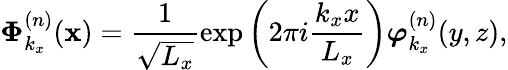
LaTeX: \boldsymbol{\Phi}_{k_{x}}^{(n)}(\mathbf{x})=\frac{1}{\sqrt{L_{x}}}\exp\left(2\pi i\frac{k_{x}x}{L_{x}}\right)\boldsymbol{\varphi}_{k_{x}}^{(n)}(y,z),